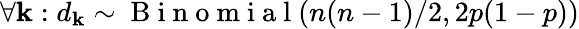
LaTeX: \forall\mathbf{k}:d_{\mathbf{k}}\sim\mathrm{{~B~i~n~o~m~i~a~l~}}(n(n-1)/2,2p(1-p))